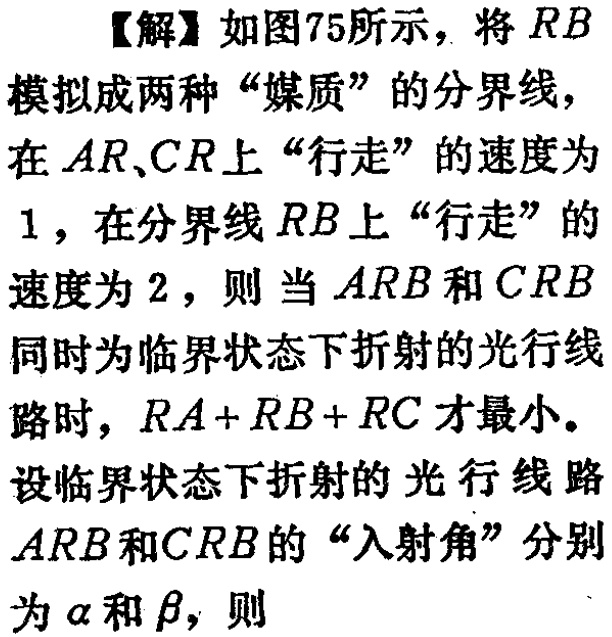
王金战教你玩转数学  数学是怎样学好的